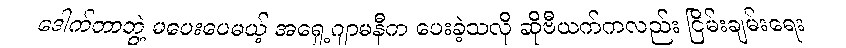
ဒေါက်တာဘွဲ့ မပေးပေမယ့် အရှေ့ဂျာမနီက ပေးခဲ့သလို ဆိုဗီယက်ကလည်း ငြိမ်းချမ်းရေး